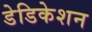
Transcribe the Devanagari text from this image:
डेडिकेशन